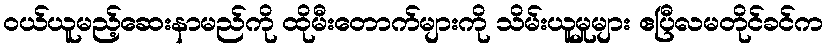
ဝယ်ယူမည့်ဆေးနာမည်ကို ထိုမီးတောက်များကို သိမ်းယူမှုများ ဧပြီလမတိုင်ခင်က